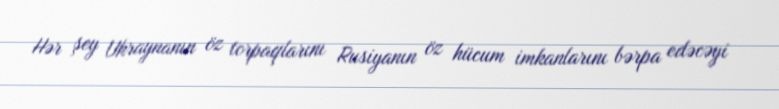
Hər şey Ukraynanın öz torpaqlarını Rusiyanın öz hücum imkanlarını bərpa edəcəyi